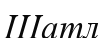
Шатл